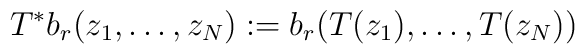
T^{*}b_{r}(z_{1},\ldots,z_{N}):=b_{r}(T(z_{1}),\ldots,T(z_{N}))